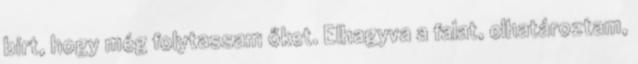
bírt, hogy még folytassam őket. Elhagyva a falat, elhatároztam,